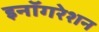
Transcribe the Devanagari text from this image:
इनॉगरेशन